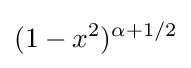
(1-x^{2})^{\alpha +1/2}